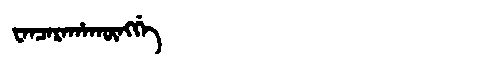
Manchu: ᠸᠠᠨᠴᠠᡵᠠᡥᠠᡴᡡᠩᡤᡝ
Romanization: WANCARAHAKŪNGGE